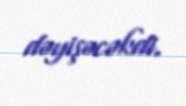
dəyişəcəkdi.